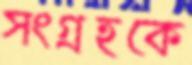
সংগ্রহকে